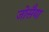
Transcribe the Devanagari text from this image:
जोसैया